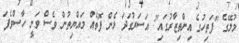
މުލޭގެ "ފަތިހުގެ އިންތިޒާރުގައި": އަސަރުގަދަ ޅެން ފޮތެއް މައްޔިތުން ވެސް ވަނީ ހާސްވެފަ